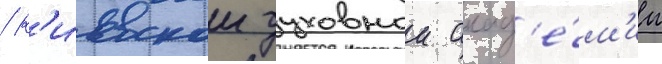
/ к'иевскои духовнои акад'е́м'ии